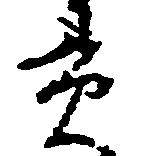
貫